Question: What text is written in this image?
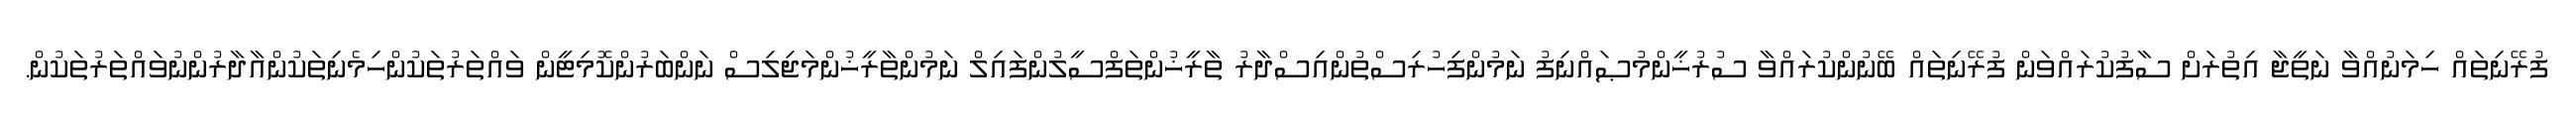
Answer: ފުރޭނިތައް ހިމަނުއްވާ ނަތީޖާ އިތުރަށް ސާފުކުރައްވަން ފުރޭނިތައް ބޭނުންކުރައްވާ ސުރުޚީންމުޞައްނިފު ނަމުންފިހުރިސްތުންއިސްދާރު ތާރީޚުންތަފްސީލުންފައިލް ނަމުންތާރީޚުންމަޖިލިސް ނަންބަރުންކޮމިޓީން ވައްތަރުތަކުންހިމެނިތަކުންއާދާރުންނުވައްތަރުތަކުން.